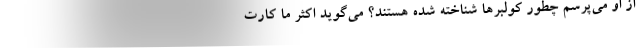
از او مي‌پرسم چطور كولبرها شناخته شده هستند؟ مي‌گويد اكثر ما كارت